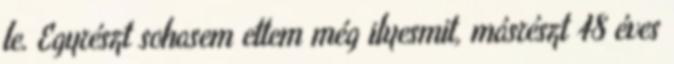
le. Egyrészt sohasem ettem még i­lyes­mit, másrészt 48 éves